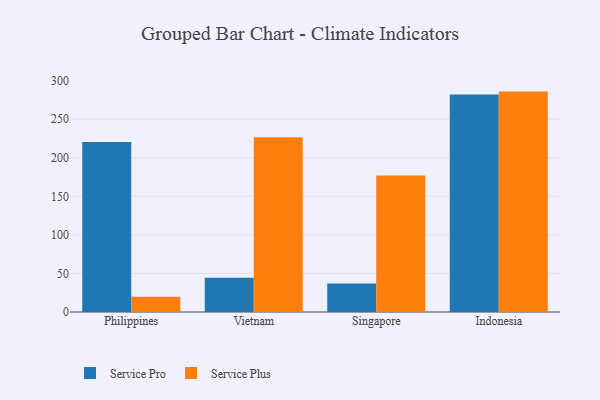
{"axis": {"x": "Country", "y": "Energy Usage (MWh)"}, "legend": ["Service Plus", "Service Pro"], "data": [{"x": "Philippines", "y": 220.4, "type": "Service Pro"}, {"x": "Philippines", "y": 19.8, "type": "Service Plus"}, {"x": "Vietnam", "y": 44.4, "type": "Service Pro"}, {"x": "Vietnam", "y": 226.6, "type": "Service Plus"}, {"x": "Singapore", "y": 36.9, "type": "Service Pro"}, {"x": "Singapore", "y": 177.0, "type": "Service Plus"}, {"x": "Indonesia", "y": 282.1, "type": "Service Pro"}, {"x": "Indonesia", "y": 285.8, "type": "Service Plus"}]}